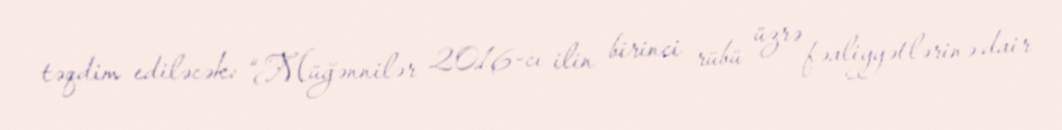
təqdim ediləcək: “Müğənnilər 2016-cı ilin birinci rübü üzrə fəaliyyətlərinə dair